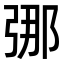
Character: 𫸶